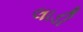
લાડી